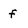
Character: f